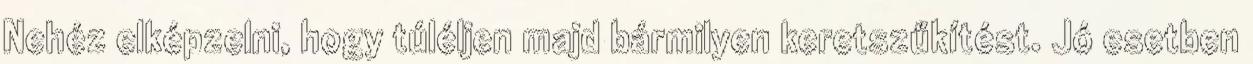
Nehéz elképzelni, hogy túléljen majd bármilyen keretszűkítést. Jó esetben